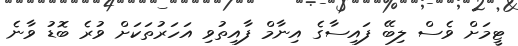
ޓީމަށް ވެސް ލިބޭ ފައިސާގެ އިނާމް ފާއިތުވި އަހަރުތަކަށް ވުރެ ބޮޑު ވާނެ